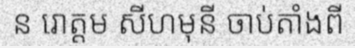
ន រោត្តម សីហមុនី ចាប់តាំងពី